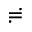
\risingdotseq